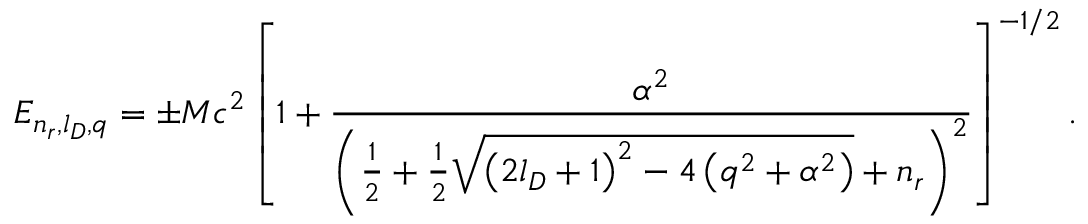
E _ { n _ { r } , l _ { D } , q } = \pm M c ^ { 2 } \left[ 1 + \frac { \alpha ^ { 2 } } { \left( \frac 1 2 + \frac 1 2 \sqrt { \left( 2 l _ { D } + 1 \right) ^ { 2 } - 4 \left( q ^ { 2 } + \alpha ^ { 2 } \right) } + n _ { r } \right) ^ { 2 } } \right] ^ { - 1 / 2 } .